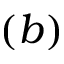
( b )